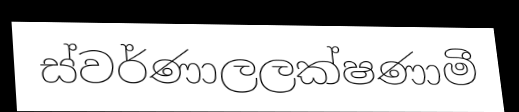
ස්වර්ණාලලක්ෂණාමී